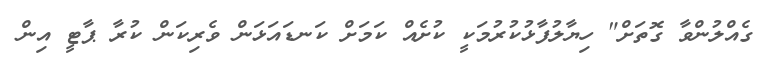
ގެއްލުންވާ ގޮތަށް" ހިޔާލުފާޅުކުރުމަކީ ކުށެއް ކަމަށް ކަނޑައަޅަން ވެރިކަން ކުރާ ޕާޓީ އިން